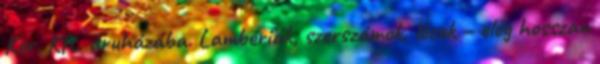
Ker. Kft. áruházába. Lambériák, szerszámok, lécek – elég hosszan